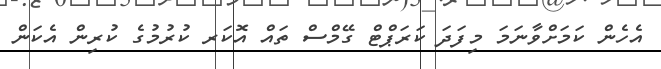
އެހެން ކަމަށްވާނަމަ މިފަދަ ކަރަޕްޓް ގޭމްސް ތައް އޮކަރ ކުރުމުގެ ކުރިން އެކަން